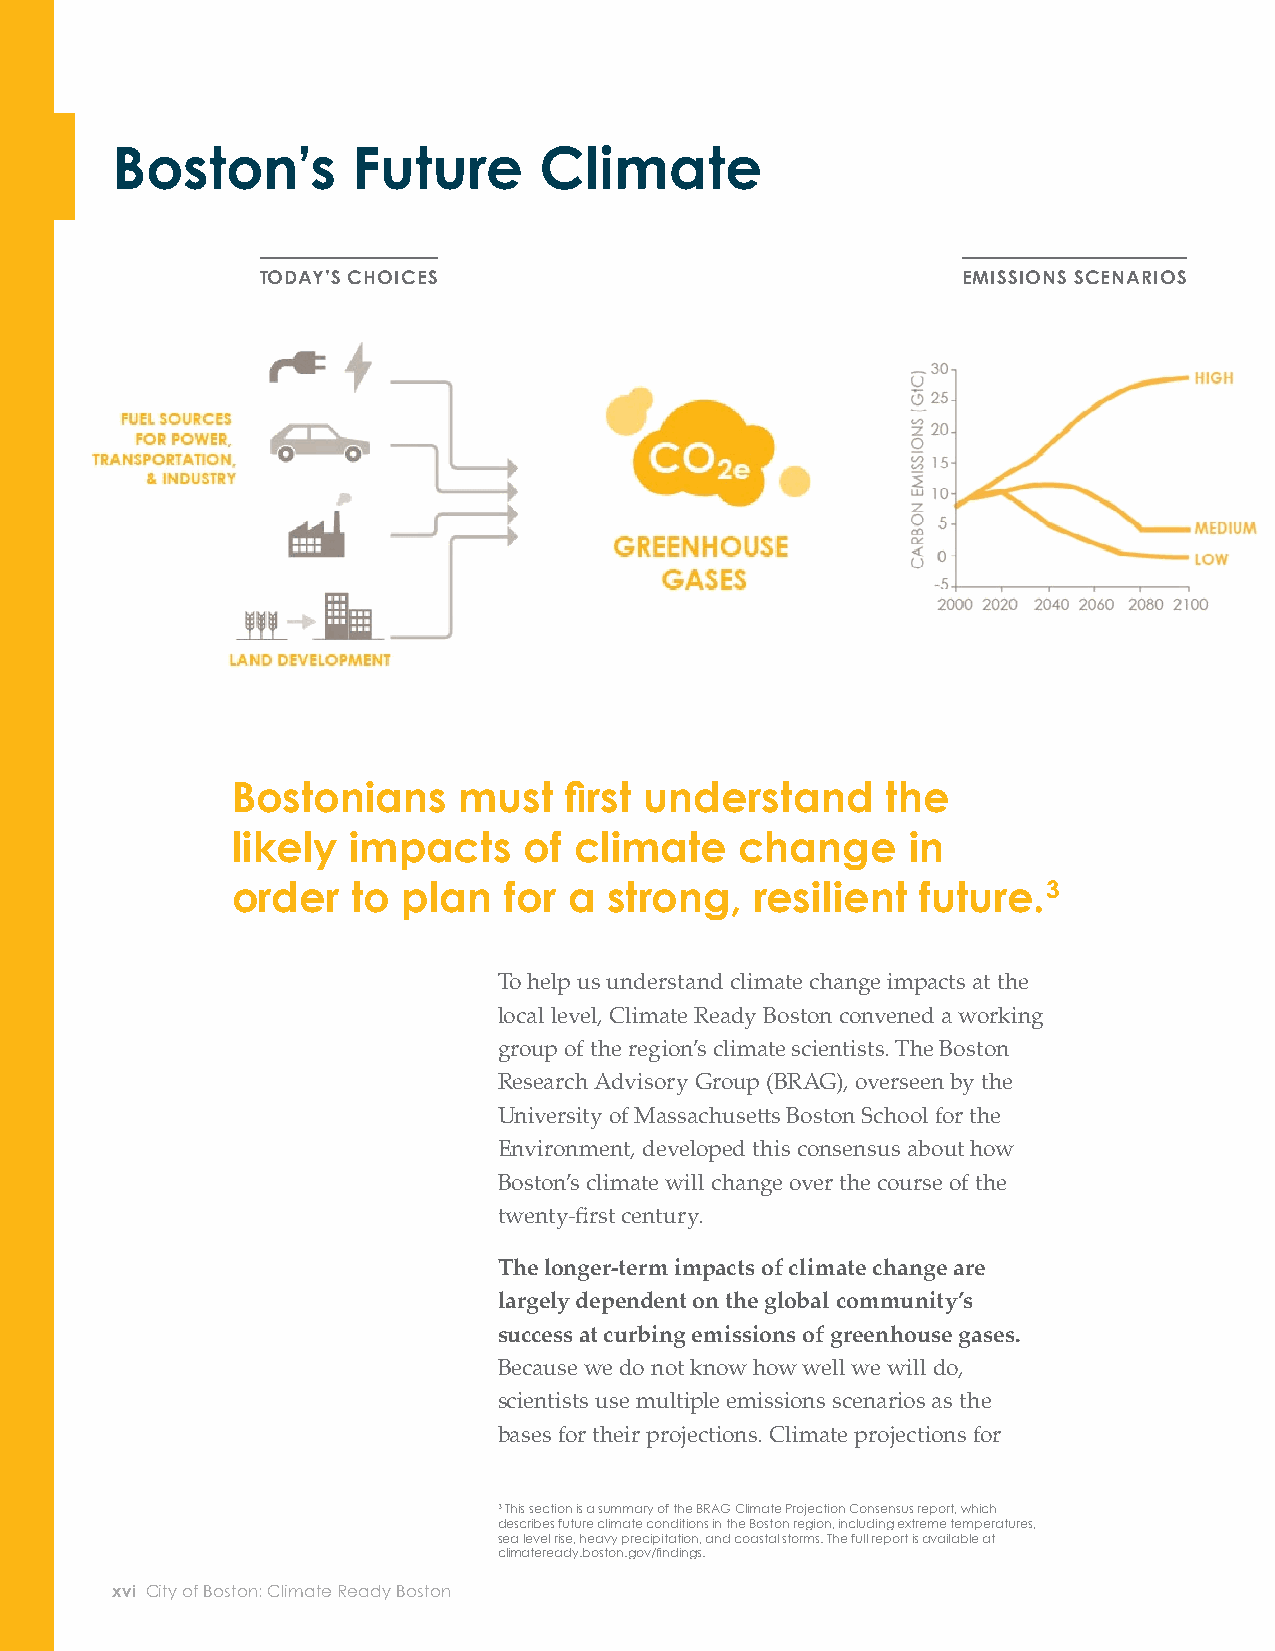
Boston’s        Future       Climate
 TODAY’S CHOICES                                EMISSIONS SCENARIOS                                  FUTURE IMPACTS
 THE MORE GREENHOUSE GASES IN THE ATMOSPHERE:
 Bostonians     must   fi rst understand     the                             the next few decades are relatively consistent, These fi ndings
 regardless of which emissions scenario they rely
 likely  impacts     of climate    change     in                                                                 emphasize      that  a
 on. However, the projections become increasingly
 order   to  plan  for  a strong,   resilient  future.3                      diff erent the further we look into the future. critical strategy for
 Climate Ready Boston’s climate projections climate adaptation
 use three emissions scenarios from the
 To help us understand climate change impacts at the
 is the  expansion     of
 Intergovernmental Panel on Climate Change:
 local level, Climate Ready Boston convened a working
 efforts  to reduce     our
 group of the region’s climate scientists. The Boston
 ◦ A HIGH-EMISSIONS SCENARIO often
 Research Advisory Group (BRAG), overseen by the
 characterized as a continuation of carbon  emissions.
 University of Massachusett s Boston School for the
 business as usual;
 Environment, developed this consensus about how
 Boston’s climate will change over the course of the        ◦ A MEDIUM-EMISSIONS SCENARIO in which
 twenty-fi rst century.                                       emissions remain around their current levels
 through 2050 and then are slowly reduced
 The longer-term impacts of climate change are
 in the second half of the century through
 largely dependent on the global community’s
 moderate emissions reductions and;
 success at curbing emissions of greenhouse gases.
 Because we do not know how well we will do,                ◦ A LOW-EMISSIONS SCENARIO in which net
 scientists use multiple emissions scenarios as the           global emissions are reduced to less than a
 bases for their projections. Climate projections for         third of their current levels by 2050 and are
 brought to zero by about 2080 through major
 emissions reductions.
 3 This section is a summary of the BRAG Climate Projection Consensus report, which
 describes future climate conditions in the Boston region, including extreme temperatures,
 sea level rise, heavy precipitation, and coastal storms. The full report is available at
 climateready.boston.gov/fi ndings.
 xvi City of Boston: Climate Ready Boston